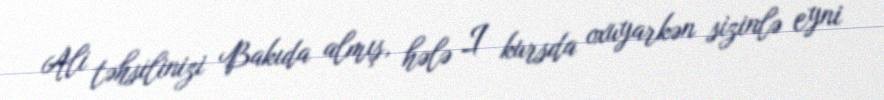
Ali təhsilinizi Bakıda almış, hələ I kursda oxuyarkən sizinlə eyni